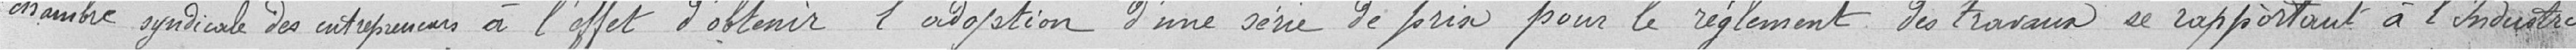
Chambre syndicale des entrepreneurs à l'effet d'obtenir l'adoption d'une série de prix pour le règlement des travaux se rapportant à l'industrie